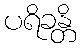
ပရိခန္တိ